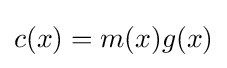
c(x)=m(x)g(x)